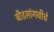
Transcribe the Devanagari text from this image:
बीडसांगवीचे